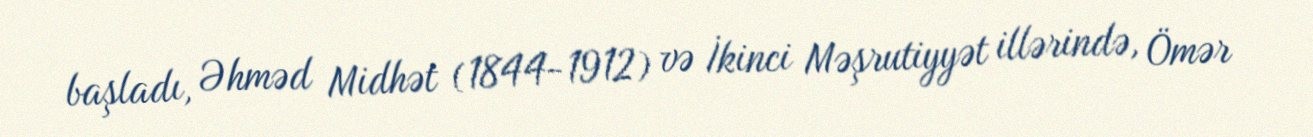
başladı, Əhməd Midhət (1844-1912) və İkinci Məşrutiyyət illərində, Ömər